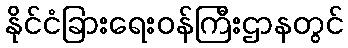
နိုင်ငံခြားရေးဝန်ကြီးဌာနတွင်